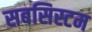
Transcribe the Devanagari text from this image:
सबसिस्टम